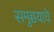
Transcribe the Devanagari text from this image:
समुच्चयाचे